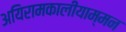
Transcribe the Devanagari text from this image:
अयिरामकालीयाम्मन